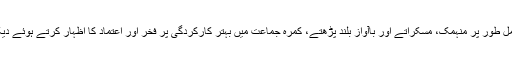
جب ہم اپنی بنائی ہوئی ایپلی کیشنز کے ذریعے طلبا کو پڑھائی میں مکمل طور پر منہمک، مسکراتے اور باآواز بلند پڑھتے، کمرہ جماعت میں بہتر کارکردگی پر فخر اور اعتماد کا اظہار کرتے ہوئے دیکھتے ہیں تو ہمارے لیے یہ موقع سب سے زیادہ اطمینان بخش ہوتا ہے۔